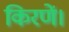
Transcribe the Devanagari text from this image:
किरणें।